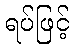
ရပ်ဖြင့်